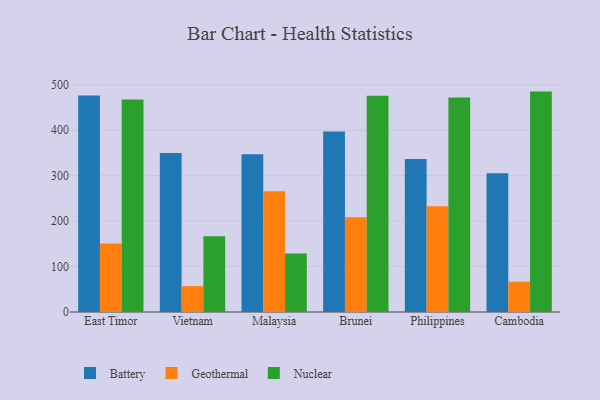
{"axis": {"x": "Country", "y": "Customer Acquisition Cost (USD)"}, "legend": ["Battery", "Geothermal", "Nuclear"], "data": [{"x": "East Timor", "y": 476.3, "type": "Battery"}, {"x": "East Timor", "y": 150.7, "type": "Geothermal"}, {"x": "East Timor", "y": 467.1, "type": "Nuclear"}, {"x": "Vietnam", "y": 349.6, "type": "Battery"}, {"x": "Vietnam", "y": 56.8, "type": "Geothermal"}, {"x": "Vietnam", "y": 166.5, "type": "Nuclear"}, {"x": "Malaysia", "y": 347.1, "type": "Battery"}, {"x": "Malaysia", "y": 265.8, "type": "Geothermal"}, {"x": "Malaysia", "y": 128.7, "type": "Nuclear"}, {"x": "Brunei", "y": 396.8, "type": "Battery"}, {"x": "Brunei", "y": 208.6, "type": "Geothermal"}, {"x": "Brunei", "y": 475.7, "type": "Nuclear"}, {"x": "Philippines", "y": 336.5, "type": "Battery"}, {"x": "Philippines", "y": 232.4, "type": "Geothermal"}, {"x": "Philippines", "y": 471.9, "type": "Nuclear"}, {"x": "Cambodia", "y": 305.1, "type": "Battery"}, {"x": "Cambodia", "y": 66.8, "type": "Geothermal"}, {"x": "Cambodia", "y": 484.7, "type": "Nuclear"}]}